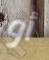
أو